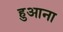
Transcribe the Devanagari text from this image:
हुआना